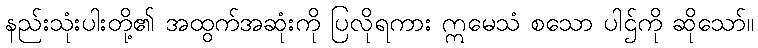
နည်းသုံးပါးတို့၏ အထွက်အဆုံးကို ပြလိုရကား ဣမေသံ စသော ပါဌ်ကို ဆိုသော်။